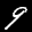
Label: 9